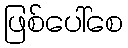
ဖြစ်ပေါ်စေ